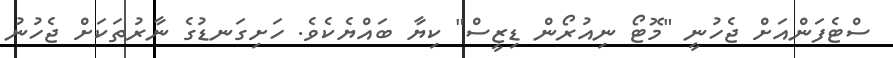
ސްޓެފަންއަށް ޖެހުނީ "މޮޓޯ ނިއުރޯން ޑިޒީސް" ކިޔާ ބައްޔެކެވެ. ހަށިގަނޑުގެ ނާރުތަކަށް ޖެހުނު